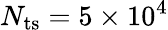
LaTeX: N_{{\mathrm{ts}}}=5\times 10^{4}